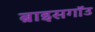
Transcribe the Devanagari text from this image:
ब्राइसगॉउ